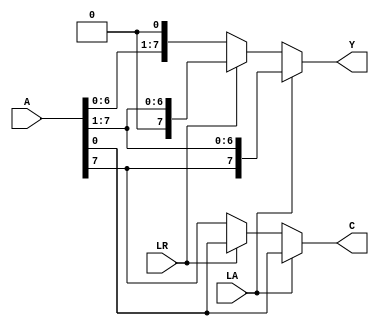
module shifter(A, LA, LR, Y, C); 
// add all inputs and outputs inside parentheses

  // inputs
	input [7:0] A;
	input LA;// logical shift or arithmetic shift
	input LR; // shift left or right
	output [7:0] Y;
	output C;
	reg [7:0] Y;
	reg C;
	
always@(*) begin
	if(LA==1'b1) begin
	
		Y = {A[7], A[7:1]};
	/**
		Y[7]=A[7];
		Y[6]=A[7];
		Y[5]=A[6];
		Y[4]=A[5];
		Y[3]=A[4];
		Y[2]=A[3];
		Y[1]=A[2];
		Y[0]=A[1];
		**/
		C=A[0];
		end
		
	// SRL
		else
		begin
		if(LR==1'b1) begin
		Y ={1'b0, A[7:1]};
	/**
		Y[7]=1'b0;
		Y[6]=A[7];
		Y[5]=A[6];
		Y[4]=A[5];
		Y[3]=A[4];
		Y[2]=A[3];
		Y[1]=A[2];
		Y[0]=A[1];
		**/
		C=A[0];
		end
		
	// SLL
   else
		begin
		Y={A[6:0], 1'b0};
	/**
		Y[7]=A[6];
		Y[6]=A[5];
		Y[5]=A[4];
		Y[4]=A[3];
		Y[3]=A[2];
		Y[2]=A[1];
		Y[1]=A[0];
		Y[0]=1'b0;
		**/
		C=A[7];
	end
	end
end
endmodule